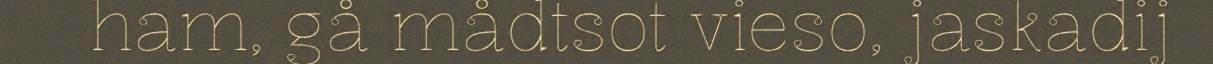
ham, gå mådtsot vieso, jaskadij